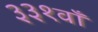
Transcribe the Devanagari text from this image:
३३१वाँ